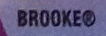
BROOKER